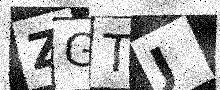
Text: ZGTJ